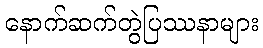
နောက်ဆက်တွဲပြဿနာများ